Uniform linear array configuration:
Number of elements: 48
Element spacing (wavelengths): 1
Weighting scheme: exponential
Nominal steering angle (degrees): -30
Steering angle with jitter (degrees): -29.548
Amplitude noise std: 0.05
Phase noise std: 0.05

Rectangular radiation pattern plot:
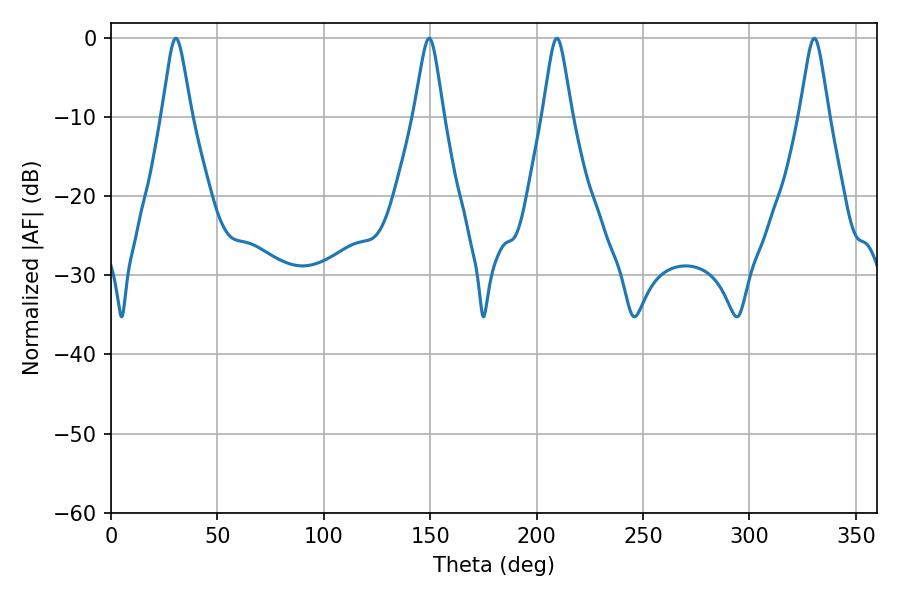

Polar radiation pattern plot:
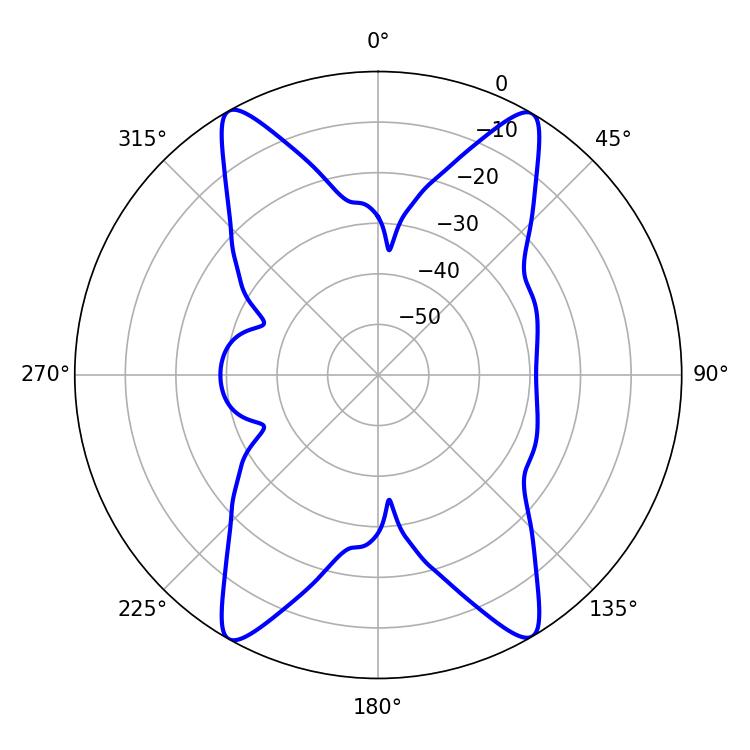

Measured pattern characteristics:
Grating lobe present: TRUE
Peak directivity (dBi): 24.188
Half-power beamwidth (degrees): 6.48
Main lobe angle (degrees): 209.52